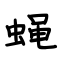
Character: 蝇